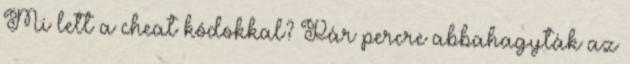
Mi lett a cheat kódokkal? Pár percre abbahagyták az